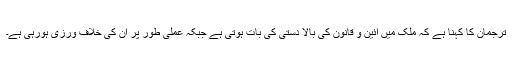
ترجمان کا کہنا ہے کہ ملک میں آئین و قانون کی بالا دستی کی بات ہوتی ہے جبکہ عملی طور پر ان کی خلاف ورزی ہورہی ہے۔